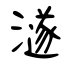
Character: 澻